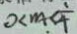
0 < m < \frac { 1 } { 4 }